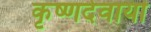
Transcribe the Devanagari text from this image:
कृष्णदेवार्या